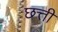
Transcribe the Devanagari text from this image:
छत्ती